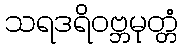
သရဒရိဝဗ္ဘမုတ္တံ